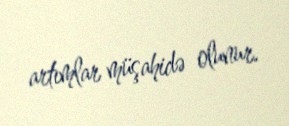
artımlar müşahidə olunur.